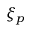
\xi _ { p }